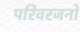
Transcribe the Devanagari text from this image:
परिवरजनों